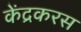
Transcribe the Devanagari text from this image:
केंद्रकरस